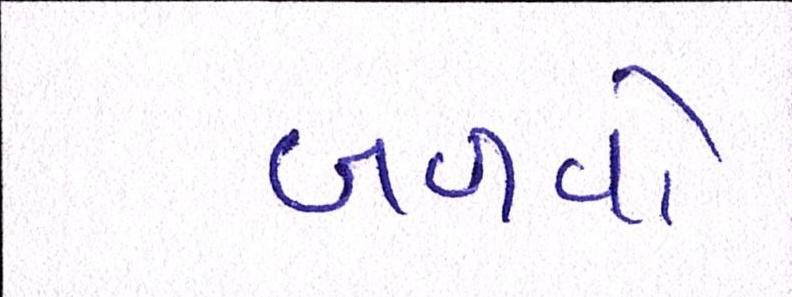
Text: બળવો